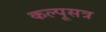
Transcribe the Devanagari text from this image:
कल्पूसत्र